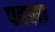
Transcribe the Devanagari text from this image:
पवला